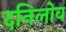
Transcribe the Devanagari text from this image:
दनिलोव